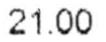
21.00